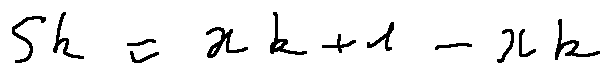
s _ { k } = x _ { k + 1 } - x _ { k }